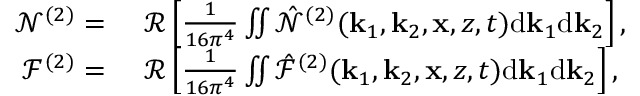
\begin{array} { r l } { \mathcal { N } ^ { ( 2 ) } = ~ } & { { } \mathcal { R } \left[ \frac { 1 } { 1 6 \pi ^ { 4 } } \iint \hat { \mathcal { N } } ^ { ( 2 ) } ( \mathbf { k } _ { 1 } , \mathbf { k } _ { 2 } , \mathbf { x } , z , t ) \mathrm { d } \mathbf { k } _ { 1 } \mathrm { d } \mathbf { k } _ { 2 } \right] , } \\ { \mathcal { F } ^ { ( 2 ) } = ~ } & { { } \mathcal { R } \left[ \frac { 1 } { 1 6 \pi ^ { 4 } } \iint \hat { \mathcal { F } } ^ { ( 2 ) } ( \mathbf { k } _ { 1 } , \mathbf { k } _ { 2 } , \mathbf { x } , z , t ) \mathrm { d } \mathbf { k } _ { 1 } \mathrm { d } \mathbf { k } _ { 2 } \right] , } \end{array}